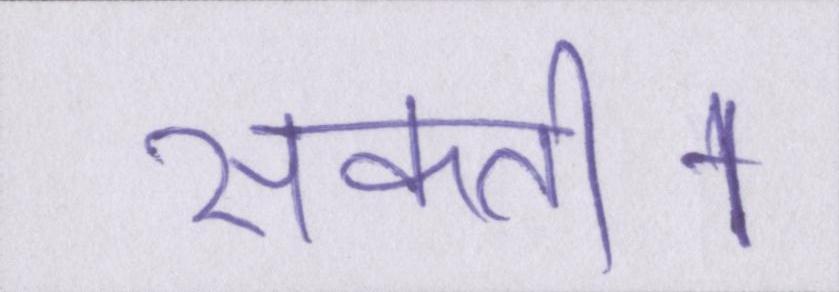
सकती।